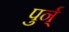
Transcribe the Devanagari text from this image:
पुर्न्